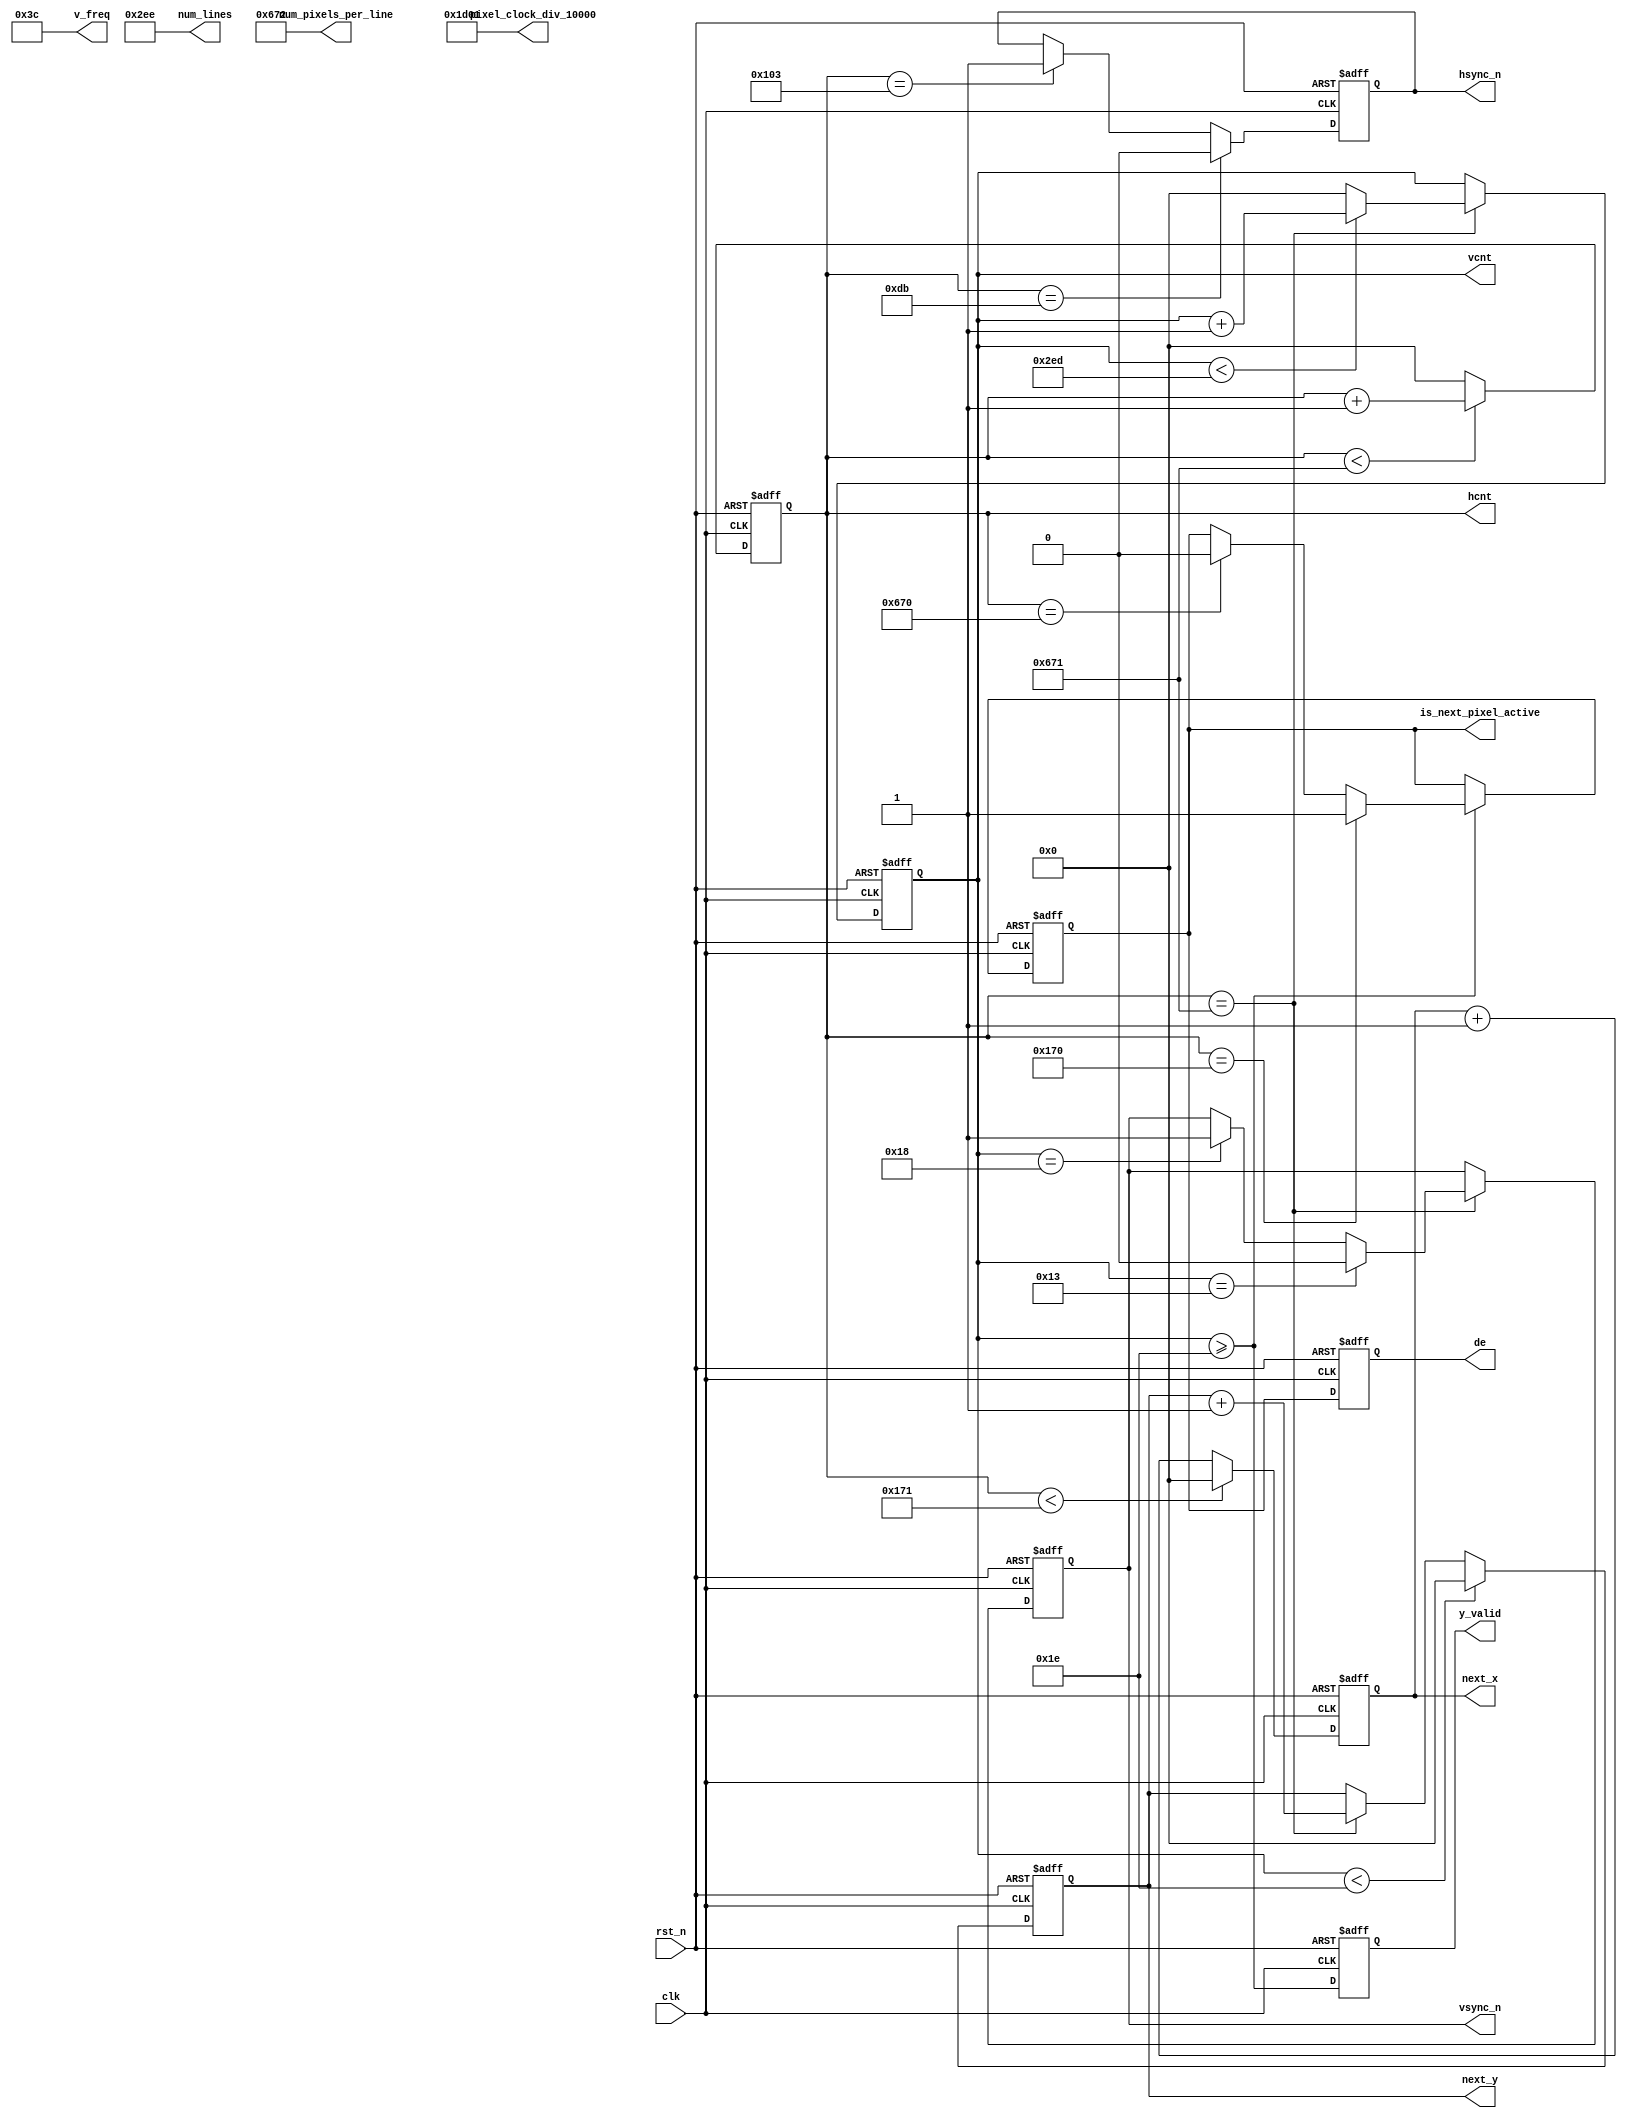
//--------------------------------------------------------------------------------------------------
// Design    : bitstream_p
// Author(s) : qiu bin, shi tian qi
// Copyright (C) 2013 qiu bin 
// All rights reserved                
//-------------------------------------------------------------------------------------------------
//`define RES_1080p

module video_ctrl(
	input        rst_n,
	input        clk,
	output reg   hsync_n,
	output reg   vsync_n,
	output reg   de,
	output reg   is_next_pixel_active,
	output reg   y_valid,
	output reg [12:0] next_x,
	output reg [12:0] next_y,
	output reg [12:0] hcnt,
	output reg [12:0] vcnt,

	output [15:0] pixel_clock_div_10000,
	output [15:0] v_freq,
	output [15:0] num_pixels_per_line,
	output [15:0] num_lines
);
`ifdef RES_1080p
//Horizontal timing constants
parameter H_FRONT		= 'd148;
parameter H_SYNC        = 'd44;
parameter H_BACK        = 'd88;
parameter H_ACT         = 'd1920;
parameter H_BLANK_END   =  H_FRONT+H_SYNC+H_BACK;
parameter H_PERIOD      =  H_FRONT+H_SYNC+H_BACK+H_ACT;
//Vertical timing constants
parameter V_FRONT       =  'd15;//'d36; 
parameter V_SYNC        =  'd5;
parameter V_BACK        = 'd2; //'d4
parameter V_ACT         = 'd1080;
parameter V_BLANK_END   =  V_FRONT+V_SYNC+V_BACK;
parameter V_PERIOD      =  V_FRONT+V_SYNC+V_BACK+V_ACT;
//parameter PIXEL_CLOCK   = 74250000;
assign pixel_clock_div_10000 = v_freq * num_pixels_per_line * num_lines / 10000;
assign v_freq = 60;
assign num_pixels_per_line = H_PERIOD;
assign num_lines = V_PERIOD;

`else
//Horizontal timing constants
parameter H_FRONT		= 'd220;
parameter H_SYNC        = 'd40;
parameter H_BACK        = 'd110;
parameter H_ACT         = 'd1280;
parameter H_BLANK_END   =  H_FRONT+H_SYNC+H_BACK;
parameter H_PERIOD      =  H_FRONT+H_SYNC+H_BACK+H_ACT;
//Vertical timing constants
parameter V_FRONT       = 'd20;
parameter V_SYNC        = 'd5;
parameter V_BACK        = 'd5;
parameter V_ACT         = 'd720;
parameter V_BLANK_END   =  V_FRONT+V_SYNC+V_BACK;
parameter V_PERIOD      =  V_FRONT+V_SYNC+V_BACK+V_ACT;
//parameter PIXEL_CLOCK   = 74250000;
assign pixel_clock_div_10000 = v_freq * num_pixels_per_line * num_lines / 10000;
assign v_freq = 60;
assign num_pixels_per_line = H_PERIOD;
assign num_lines = V_PERIOD;
`endif



//hsync_n
always @ (posedge clk or negedge rst_n)
begin
	if(!rst_n)
	begin
		hcnt <= 0;
		hsync_n <= 1;
	end
	else
	begin
		if(hcnt<H_PERIOD-1)
			hcnt <= hcnt + 1;  
		else 
			hcnt <= 0;
		if (hcnt == H_FRONT-1)
			hsync_n <= 1'b0;
		else if (hcnt == H_FRONT+H_SYNC-1)
			hsync_n <= 1'b1;
	end
end
  
 
//vsync_n
always @ (posedge clk or negedge rst_n)
begin
	if(!rst_n)
	begin
		vcnt <=  0;
		vsync_n <= 1;
	end
	else
	begin 
		if (hcnt == H_PERIOD-1)
		begin
			if(vcnt<V_PERIOD-1)
				vcnt <= vcnt + 1;  
			else 
				vcnt <= 0;
			if (vcnt == V_FRONT-1)
				vsync_n <= 1'b0;
			else if (vcnt == V_FRONT+V_SYNC-1)
				vsync_n <= 1'b1;
		end
	end
end
    
//valid h blank end = 10
//cnt 0 1 2 3 4 5 6 7 8 9, 0-8 is_next_pixel_active=0, 9 is_next_pixel_active
//=1
always @ (posedge clk or negedge rst_n)
if (!rst_n) begin
	is_next_pixel_active <= 0;
	de <= 0;
	y_valid <= 0;
end 
else begin
	if (vcnt >= V_BLANK_END) begin
		if (hcnt == H_BLANK_END - 2)
			is_next_pixel_active <= 1'b1;
		else if (hcnt == H_PERIOD - 2)
			is_next_pixel_active <= 1'b0;
	end
	y_valid <= vcnt >= V_BLANK_END;
	de <= is_next_pixel_active;
end
	
//x & y
always @ (posedge clk or negedge rst_n)
if (!rst_n) begin
	next_x <= 0;
	next_y <= 0;
end
else begin
	if (hcnt < H_BLANK_END - 1)
		next_x <= 0;
	else
		next_x <= next_x + 1'b1;
	
	if (vcnt < V_BLANK_END)
		next_y <= 0;
	else if (hcnt == H_PERIOD-1)
		next_y <= next_y + 1'b1;
end

endmodule